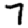
Digit: 7